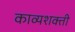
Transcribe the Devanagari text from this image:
काव्यशक्ती